system: You are a helpful assistant.
user:
Analyze the provided spectrum to determine if it is a **"Cataclysmic Variables (CV)"**.

- **Key Indicators for CV (Check for either state):**
    - **State 1: Quiescent / Low-State (Emission-Dominated)**
        - **(Primary):** Strong and *very broad* Hydrogen Balmer emission lines (e.g., $H\alpha$ at 6563 Å, $H\beta$ at 4861 Å). The 'broadness' (high velocity dispersion, often FWHM > 1000 km/s) is the key diagnostic, indicating a high-velocity accretion disk.
        - **(Secondary):** Broad neutral Helium (He I) emission lines (e.g., 5876 Å, 6678 Å).
        - **(Key Confirmation):** Presence of high-excitation *ionized* Helium (He II) emission at 4686 Å. This is a strong indicator of accretion onto a white dwarf.
        - **(Line Profile):** Emission lines may exhibit a 'double-peaked' profile, which is a classic signature of a rotating accretion disk viewed at high inclination.

    - **State 2: Outburst / High-State (Absorption-Dominated)**
        - **(Primary):** Spectrum is dominated by a bright, blue continuum (looks like a hot star).
        - **(Secondary):** The emission lines from State 1 are weak, absent, or 'filled in', and are replaced by broad, shallow *absorption* lines (primarily Balmer and He I).
        - **(Morphology):** The overall spectrum mimics a hot B/A-type star. The crucial difference is that the absorption lines are significantly broader, shallower, and more 'washed-out' (or 'smeared') than the sharp lines of a normal stellar photosphere, due to high rotational speeds and pressure broadening in the disk.

Think first, call **spectral_visualization_tool** if needed to examine features in detail, then provide your final answer. Your response must adhere to the following strict rules:
1.  **Overall Structure:** Your response must follow the format `<think>...</think> <tool_call>...</tool_call> (if a tool is used) <answer>...</answer>`.
2.  **Tool Usage Constraint:** You may only make **one** tool call per turn.
3.  **Final Answer Format:** In the `<answer>` tag, your conclusion must be inside a `\boxed{}` command (e.g., `\boxed{YES}`), followed by your justification.

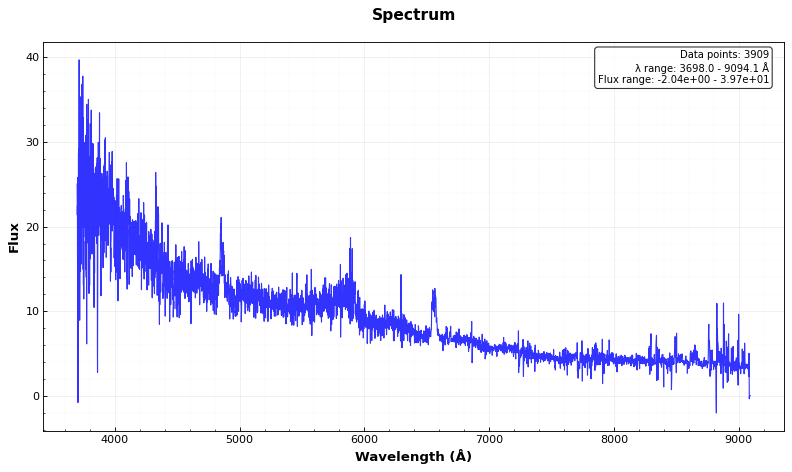
Answer: YES